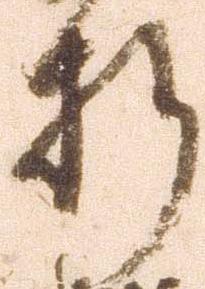
折